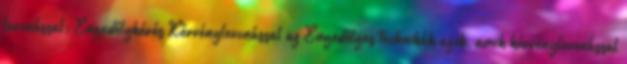
levonással; Engedélykérés Kérvénylevonással az Engedélyes technikák azok, amik kérvénylevonással